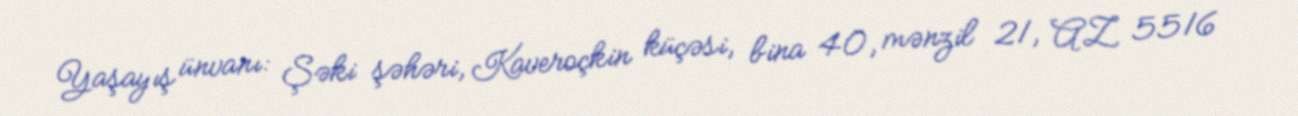
Yaşayış ünvanı: Şəki şəhəri, Kaveroçkin küçəsi, bina 40, mənzil 21, AZ 5516